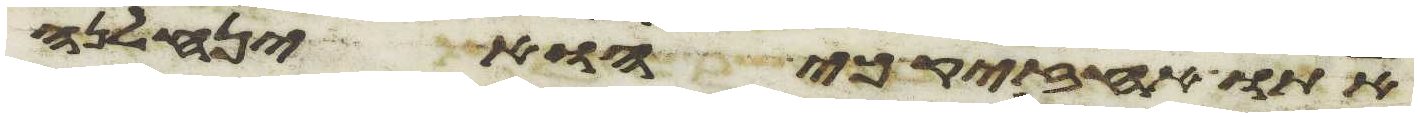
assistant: אתו אחזיק כי הוא ינחלנה